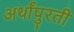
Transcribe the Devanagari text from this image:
अर्थांपुरती